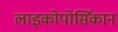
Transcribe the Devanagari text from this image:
लाइकोपोर्सिकान